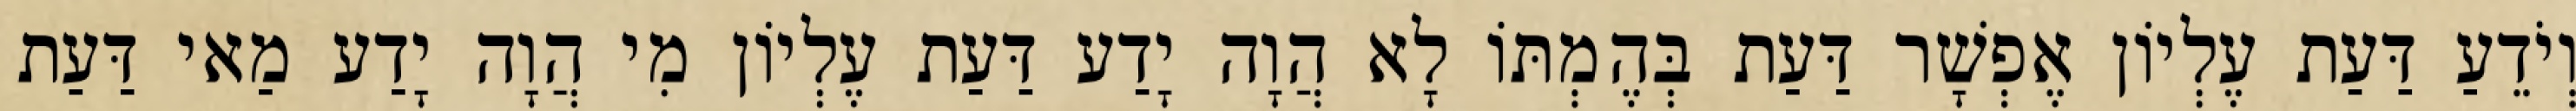
וְיֹדֵעַ דַּעַת עֶלְיוֹן אֶפְשָׁר דַּעַת בְּהֶמְתּוֹ לָא הֲוָה יָדַע דַּעַת עֶלְיוֹן מִי הֲוָה יָדַע מַאי דַּעַת